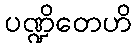
ပဏ္ဍိတေဟိ